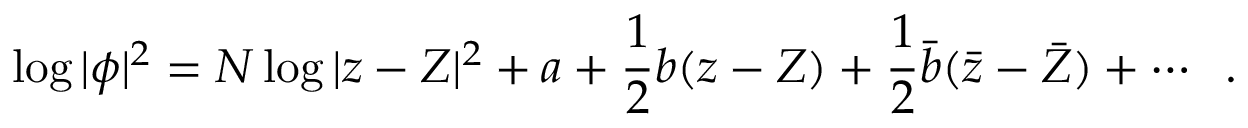
\log | \phi | ^ { 2 } = N \log | z - Z | ^ { 2 } + a + \frac { 1 } { 2 } b ( z - Z ) + \frac { 1 } { 2 } { \bar { b } } ( { \bar { z } } - { \bar { Z } } ) + \cdots \; \; .